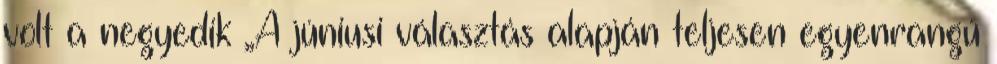
volt a negyedik „A júniusi választás alapján teljesen egyenrangú